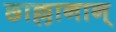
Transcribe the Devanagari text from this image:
छाल्लानान्